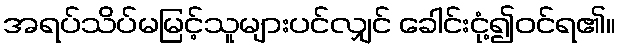
အရပ်သိပ်မမြင့်သူများပင်လျှင် ခေါင်းငုံ့၍ဝင်ရ၏။